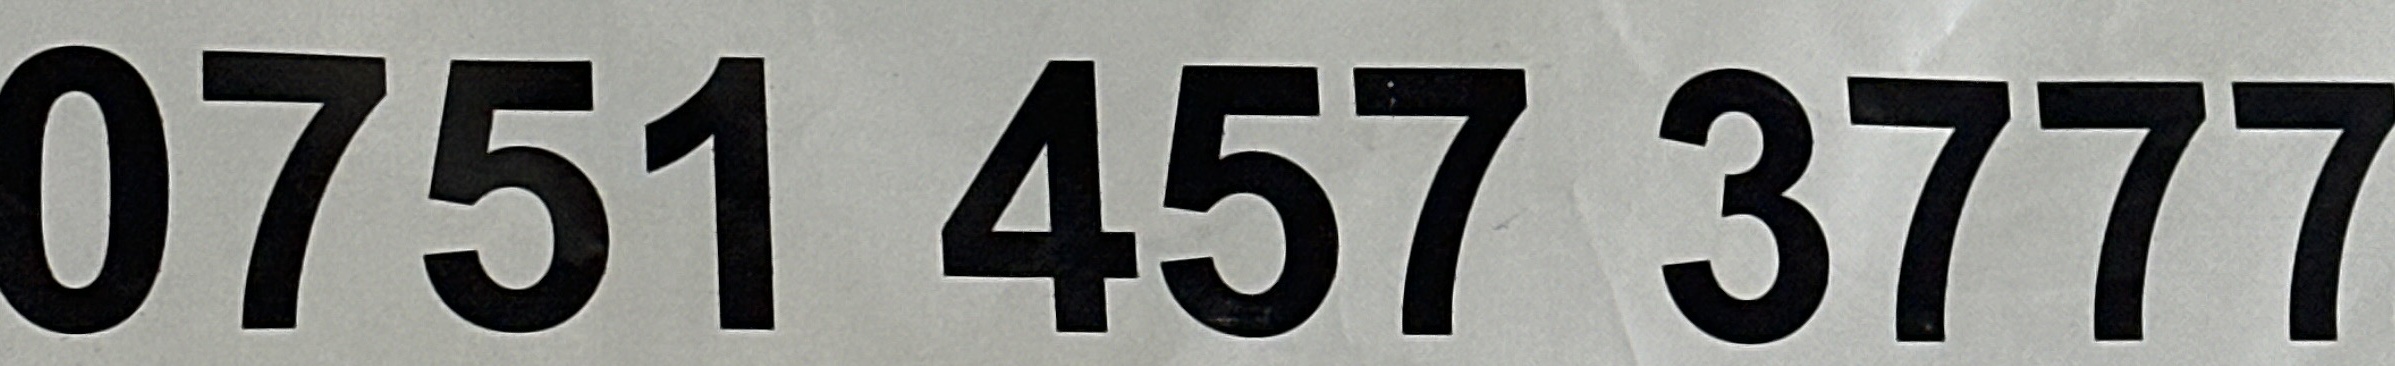
0751 457 3777